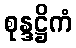
စုန္ဒဋ္ဌိကံ